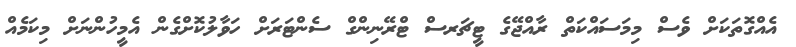
އެއްގޮތަކަށް ވެސް މިމަސައްކަތް ރާއްޖޭގެ ޓީޗަރސް ޓްރޭނިންގް ސެންޓަރަށް ހަވާލުކޮށްގެން އެމީހުންނަށް މިކަމެއް